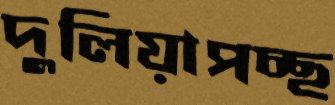
দুলিয়াপচ্ছ